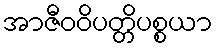
အာဇီဝဝိပတ္တိပစ္စယာ